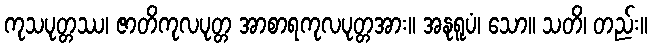
ကုသပုတ္တဿ၊ ဇာတိကုလပုတ္တ အာစာရကုလပုတ္တအား။ အနုရူပံ၊ သော။ သတိ၊ တည်း။